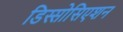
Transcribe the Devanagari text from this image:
डिस्सोसिएशन